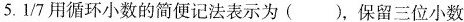
5.1/7用循环小数的简便记法表示为()，保留三位小数